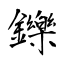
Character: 鑠